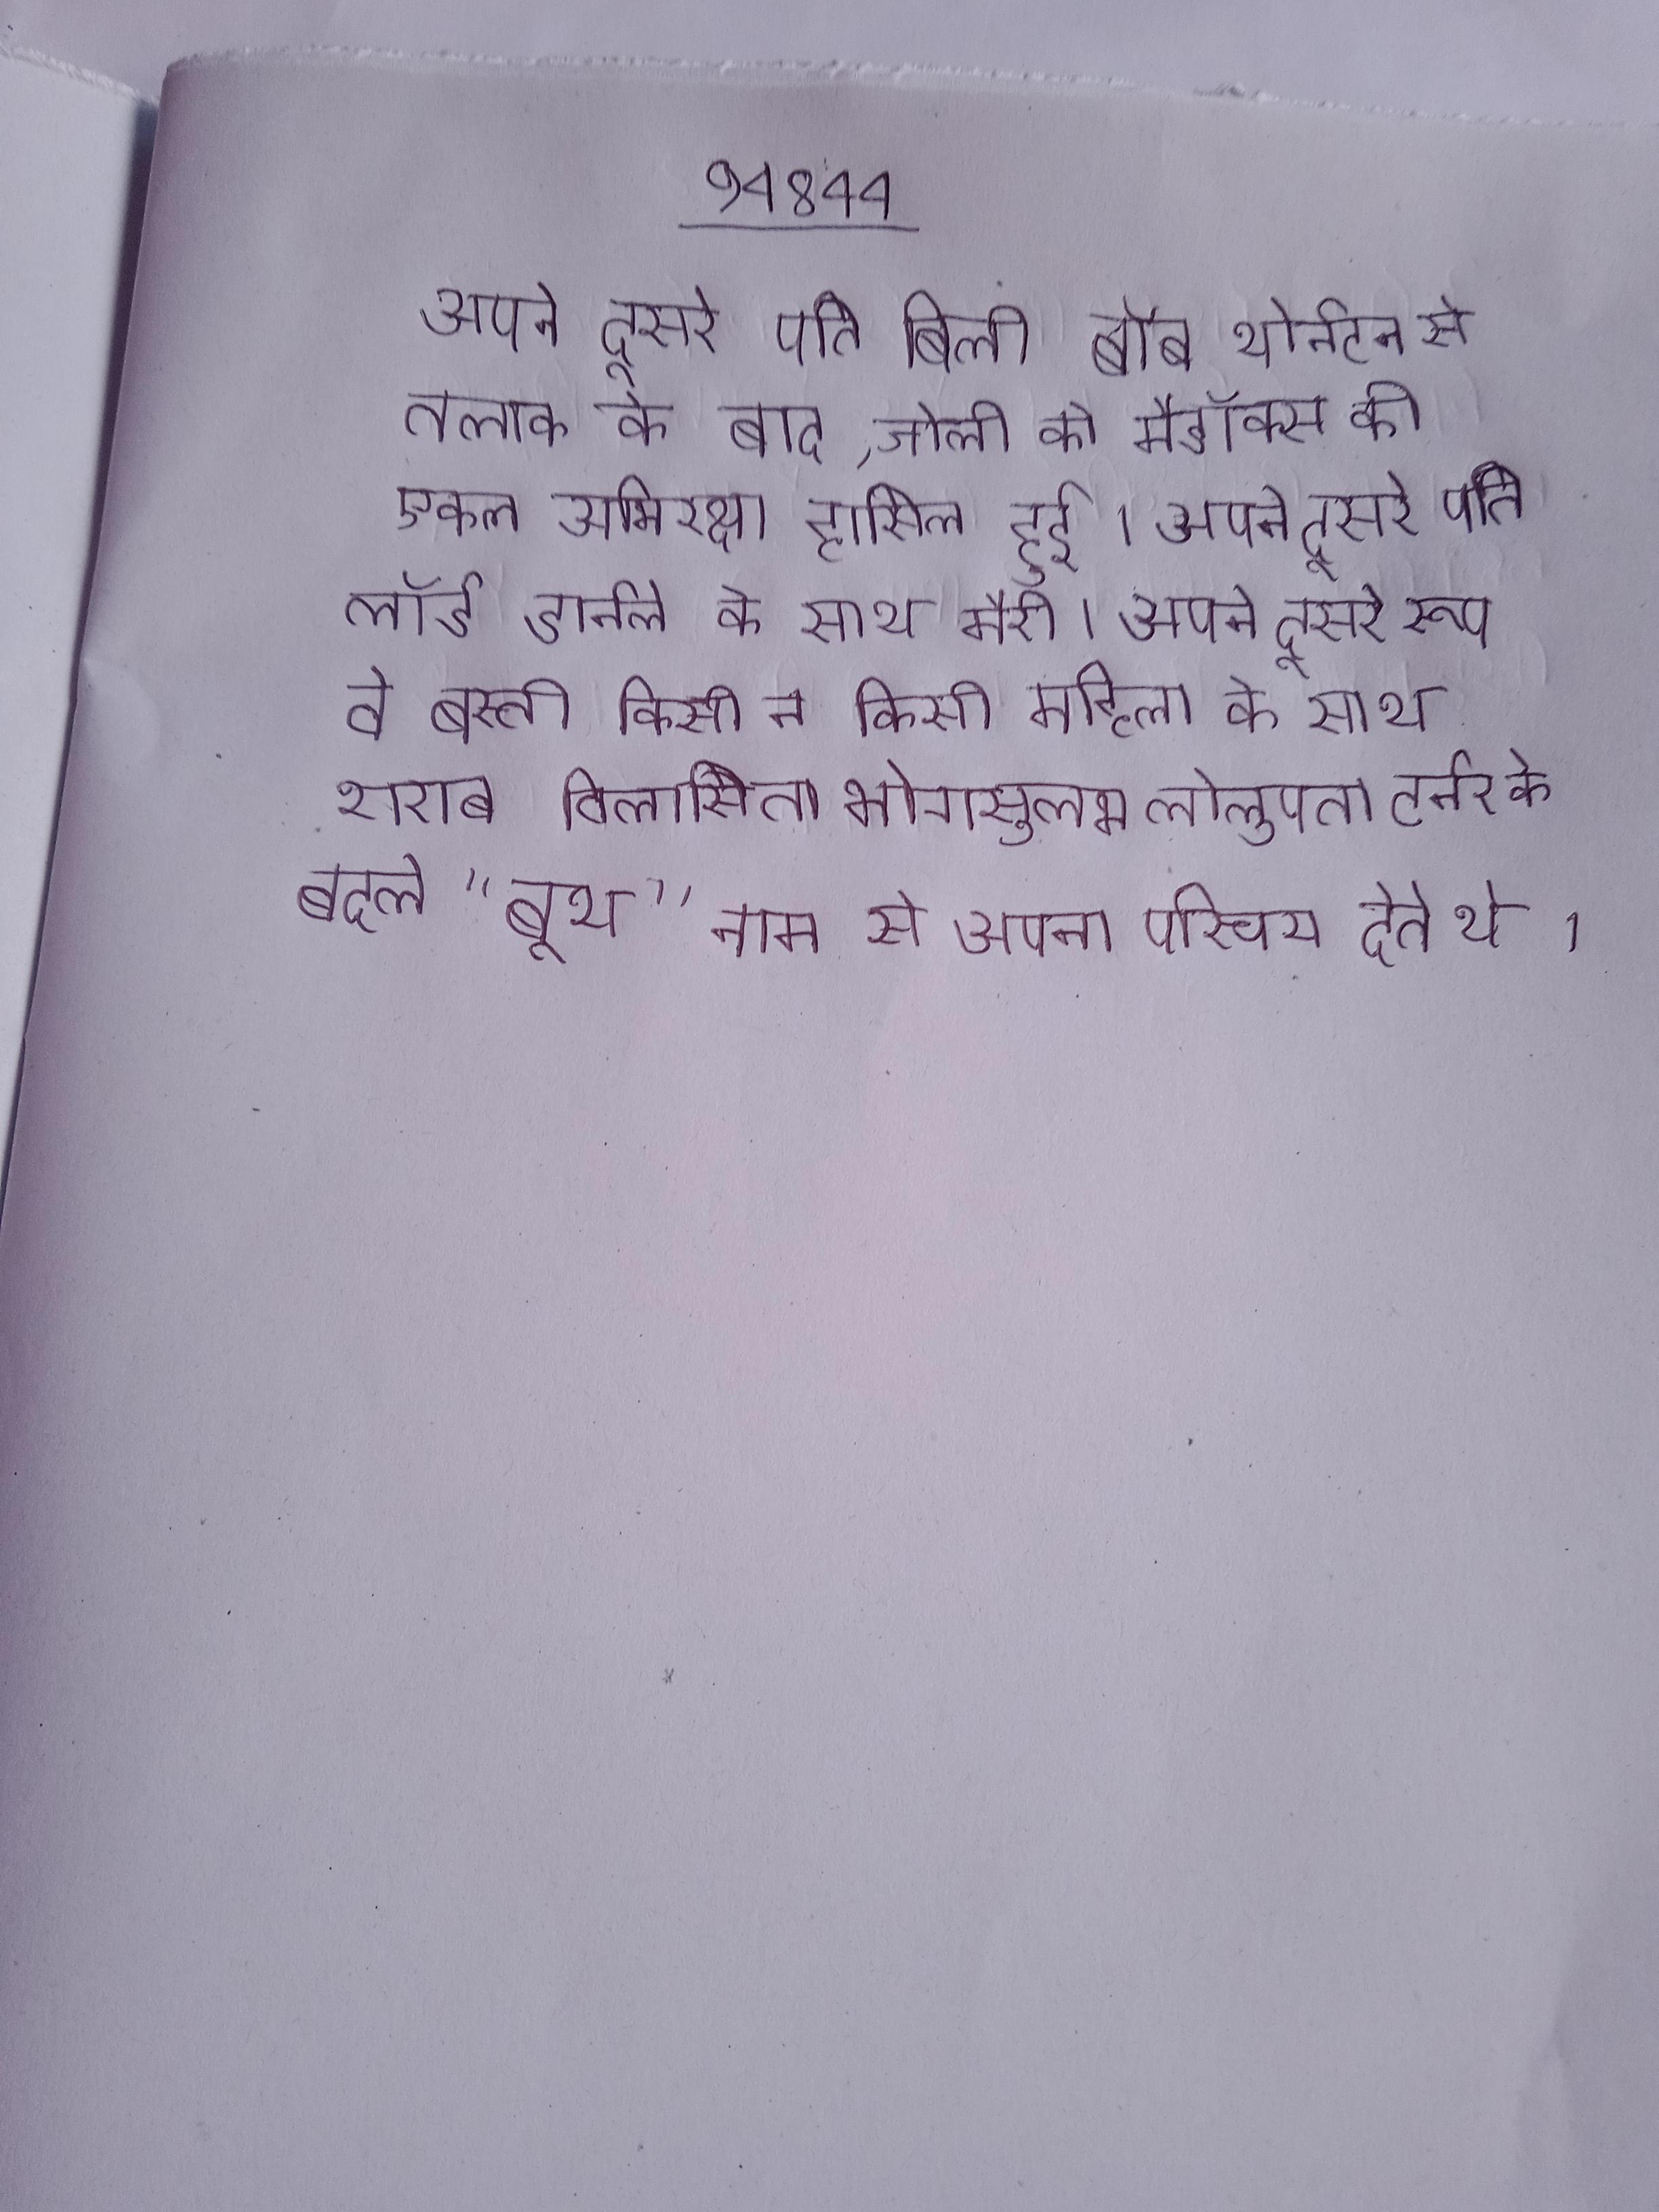
अपने दूसरे पति बिली बॉब थोर्नटन से तलाक के बाद, जोली को मैडॉक्स की एकल अभिरक्षा हासिल हुई । अपने दूसरे पति लॉर्ड डार्नले के साथ मैरी । अपने दूसरे रूप वे बस्ती किसी न किसी महिला के साथ शराब विलासिता भोगसुलभ लोलुपता टर्नर के बदले "बूथ" नाम से अपना परिचय देते थे ।